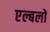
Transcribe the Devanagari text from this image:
एल्बलों